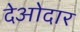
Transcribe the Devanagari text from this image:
देओदार